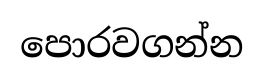
පොරවගන්න